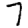
Digit: 7